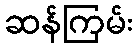
ဆန်ကြမ်း